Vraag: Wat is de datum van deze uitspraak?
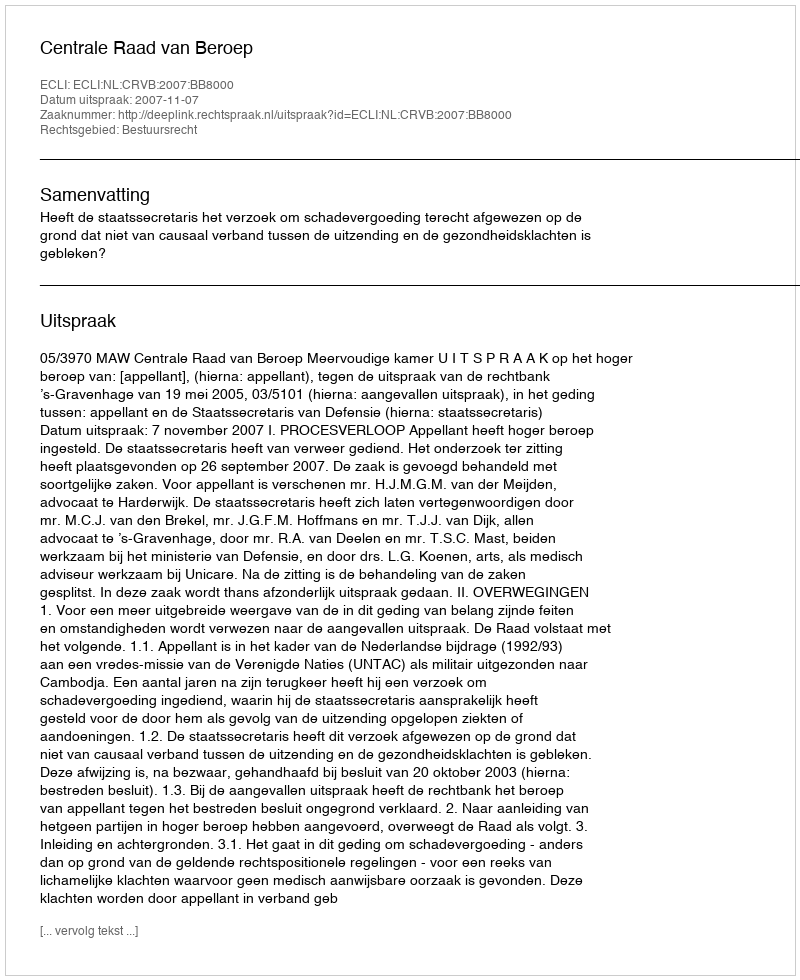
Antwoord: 2007-11-07